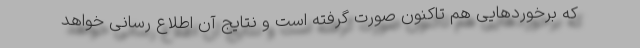
که برخورد‌هایی هم تاکنون صورت گرفته است و نتایج آن اطلاع رسانی خواهد